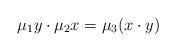
LaTeX: \begin{align*}\mu_1 y \cdot \mu_2 x= \mu_3 (x \cdot y)\end{align*}